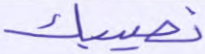
نصيبك